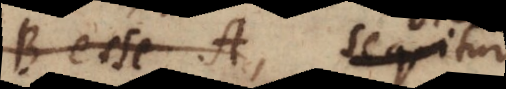
B esse A, seu